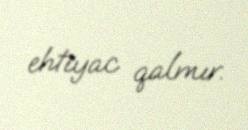
ehtiyac qalmır.